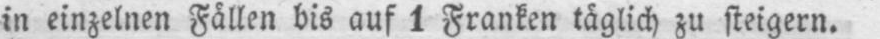
in einzelnen Fällen bis auf 1 Franken täglich zu steigern.